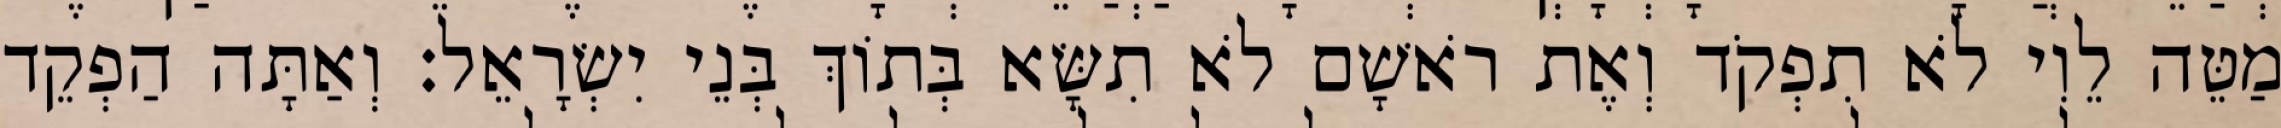
מַטֵּה לֵוִי לֹא תִפְקֹד וְאֶת רֹאשָׁם לֹא תִשָּׂא בְּתוֹךְ בְּנֵי יִשְׂרָאֵל׃ וְאַתָּה הַפְקֵד